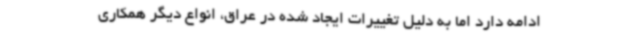
ادامه دارد اما به دلیل تغییرات ایجاد شده در عراق، انواع دیگر همکاری